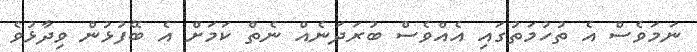
ނަމަވެސް އެ ތުހުމަތުގައި އެއްވެސް ބުރަދަނެއް ނެތް ކަމަށް އެ ބޭފުޅުން ވިދާޅުވެ